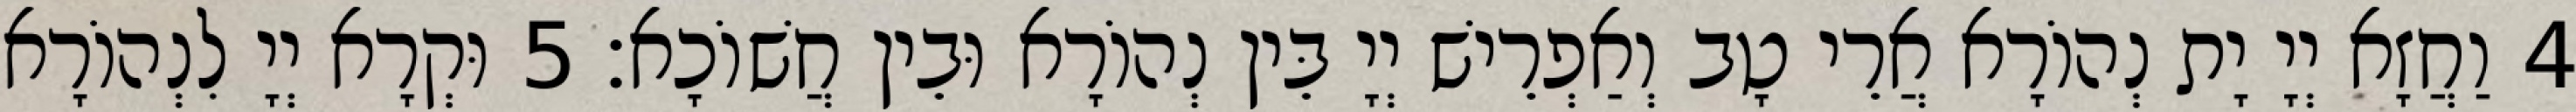
4 וַחֲזָא יְיָ יָת נְהוֹרָא אֲרֵי טָב וְאַפְרֵישׁ יְיָ בֵּין נְהוֹרָא וּבֵין חֲשׁוֹכָא׃ 5 וּקְרָא יְיָ לִנְהוֹרָא